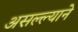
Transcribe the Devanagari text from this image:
असल्ल्याने